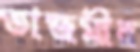
তাজমীর